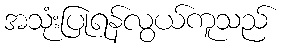
အသုံးပြုရန်လွယ်ကူသည်